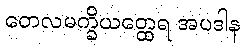
တေလမက္ခိယတ္ထေရ အပဒါန